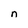
Character: n